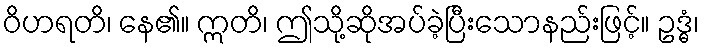
ဝိဟရတိ၊ နေ၏။ ဣတိ၊ ဤသို့ဆိုအပ်ခဲ့ပြီးသောနည်းဖြင့်။ ဥဒ္ဓံ၊